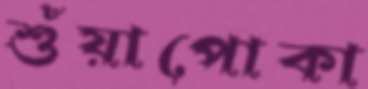
শুঁয়াপোকা